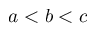
a < b < c